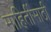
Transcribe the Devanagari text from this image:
माहितींसाठी